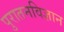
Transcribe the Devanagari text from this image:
पुरातनविज्ञान